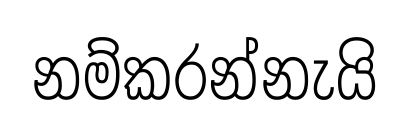
නම්කරන්නැයි